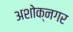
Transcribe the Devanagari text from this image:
अशोक्नगर